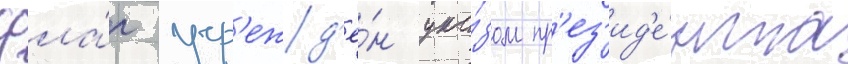
Фла́г учр'ежд'ё́н ука́зом пр'ез'ид'е́нта